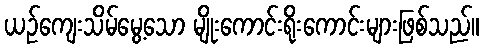
ယဉ်ကျေးသိမ်မွေ့သော မျိုးကောင်းရိုးကောင်းများဖြစ်သည်။